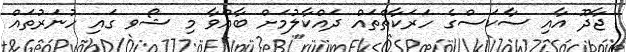
ޖާދޫ އާއި ސާކަސްގެ ހަރަކާތްތައް ދައްކާލުމަށް ބާއްވާ މި ޝޯވ ގައި ހުނަރުތައް